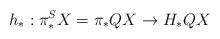
LaTeX: \begin{align*}h_*:\pi_*^SX=\pi_*QX\to H_*QX\end{align*}